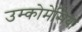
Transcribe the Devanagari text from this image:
उम्कोमेसिया